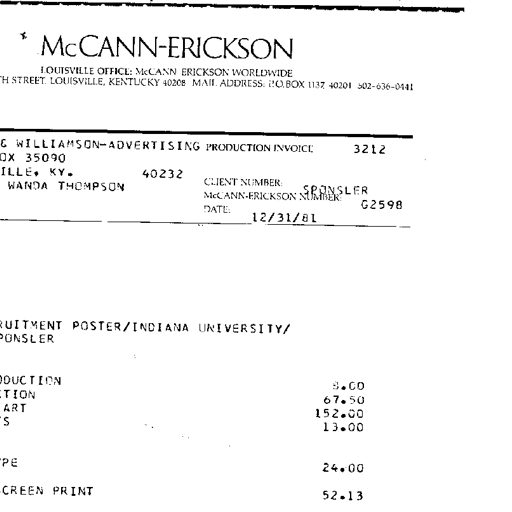
* McCANN-ERICKSON
LOUISVILLE OFFICE: McCANN ERICKSON WORLDWIDE
STREET: LOUISVILLE, KENTUCKY 40208 MAIL ADDRESS: P.O. BOX 1137 40201 502-636-0441
& WILLIAMSON-ADVERTISING PRODUCTION INVOICE 3212
OX 35090
ILLE, KY. 40232
WANDA THOMPSON CLIENT NUMBER: SPONSLER
McCANN-ERICKSON NUMBER: G2598
DATE: 12/31/81
POSTER/INDIANA UNIVERSITY/
ONSLER
DUCTION 8.00
TION 67.50
ART 152.00
S 13.00
PE 24.00
CREEN PRINT 52.13